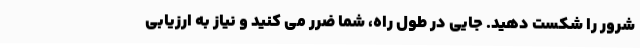
شرور را شکست دهید. جایی در طول راه، شما ضرر می کنید و نیاز به ارزیابی